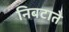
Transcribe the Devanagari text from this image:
निबटाते